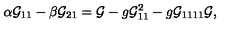
\alpha { \cal G } _ { 1 1 } - \beta { \cal G } _ { 2 1 } = { \cal G } - g { \cal G } _ { 1 1 } ^ { 2 } - g { \cal G } _ { 1 1 1 1 } { \cal G } ,